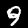
Label: 9